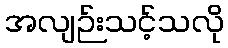
အလျဉ်းသင့်သလို